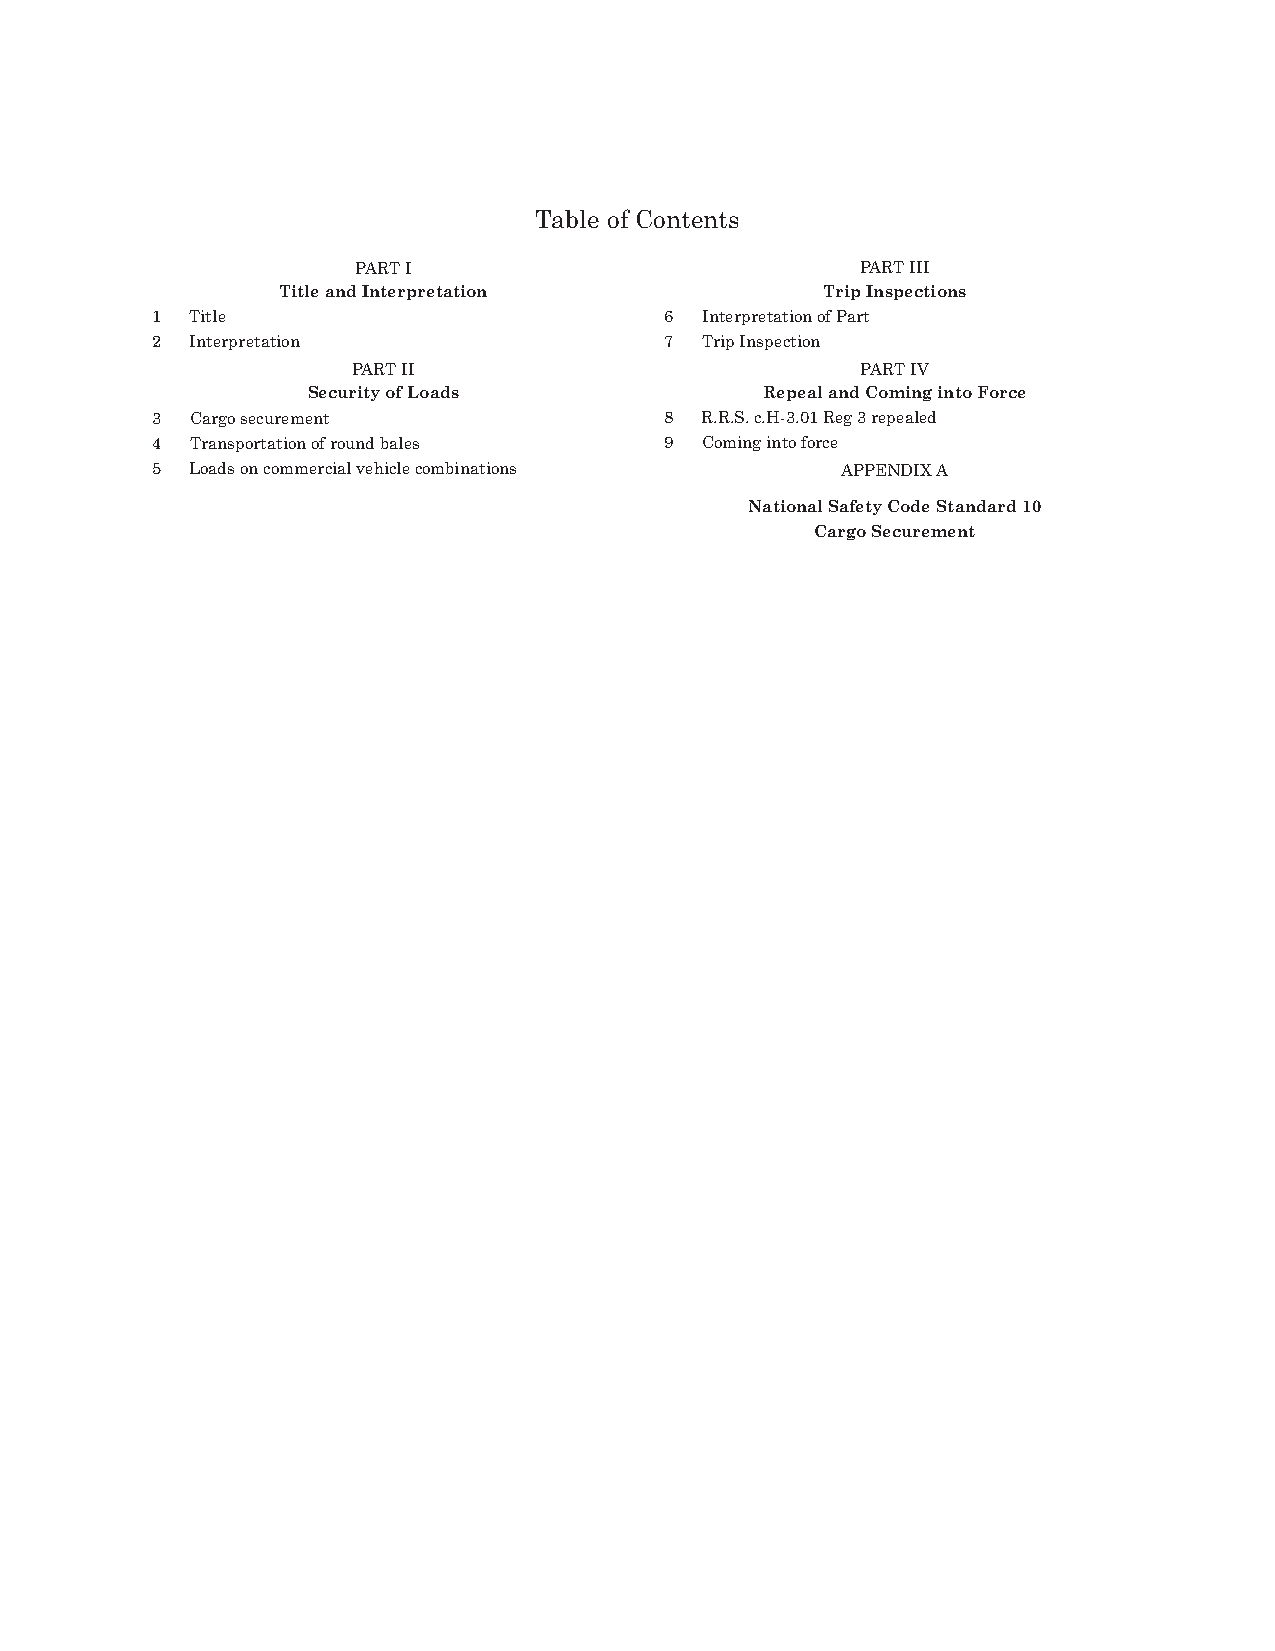
2
 H-3.01 REG 4 SECURITY OF LOADS AND TRIP INSPECTION
 Table of Contents
 PART I                           PART III
 Title and Interpretation             Trip Inspections
 1  Title                          6 Interpretation of Part
 2  Interpretation                 7 Trip Inspection
 PART II                           PART IV
 Security of Loads              Repeal and Coming into Force
 3  Cargo securement               8 R.R.S. c.H-3.01 Reg 3 repealed
 4  Transportation of round bales  9 Coming into force
 5  Loads on commercial vehicle combinations   APPENDIX A
 National Safety Code Standard 10
 Cargo Securement